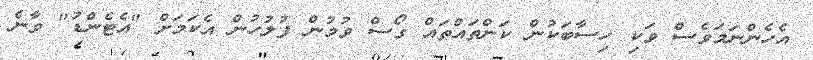
އެހެންނަމަވެސް ވަކި ހިސާބަކުން ކަންތައްތައް ގޯސް ވުމުން ފުލުހުން އެކަމަށް "އެޓެންޑު" ވާނެ